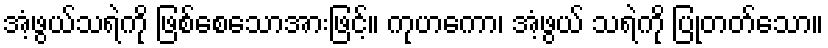
အံ့ဖွယ်သရဲကို ဖြစ်စေသောအားဖြင့်။ ကုဟကော၊ အံ့ဖွယ် သရဲကို ပြုတတ်သော။